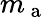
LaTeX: m_{\mathrm{~a~}}